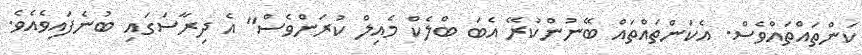
ކަންތައްތައްވެސް. އެކަންތައްތައް ބޭނުންކުރޭ އެބަ ބްލެކް މެއިލް ކުރަންވެސް" އެ ދިރާސަގައި ބުނެފައިވެއެވެ.